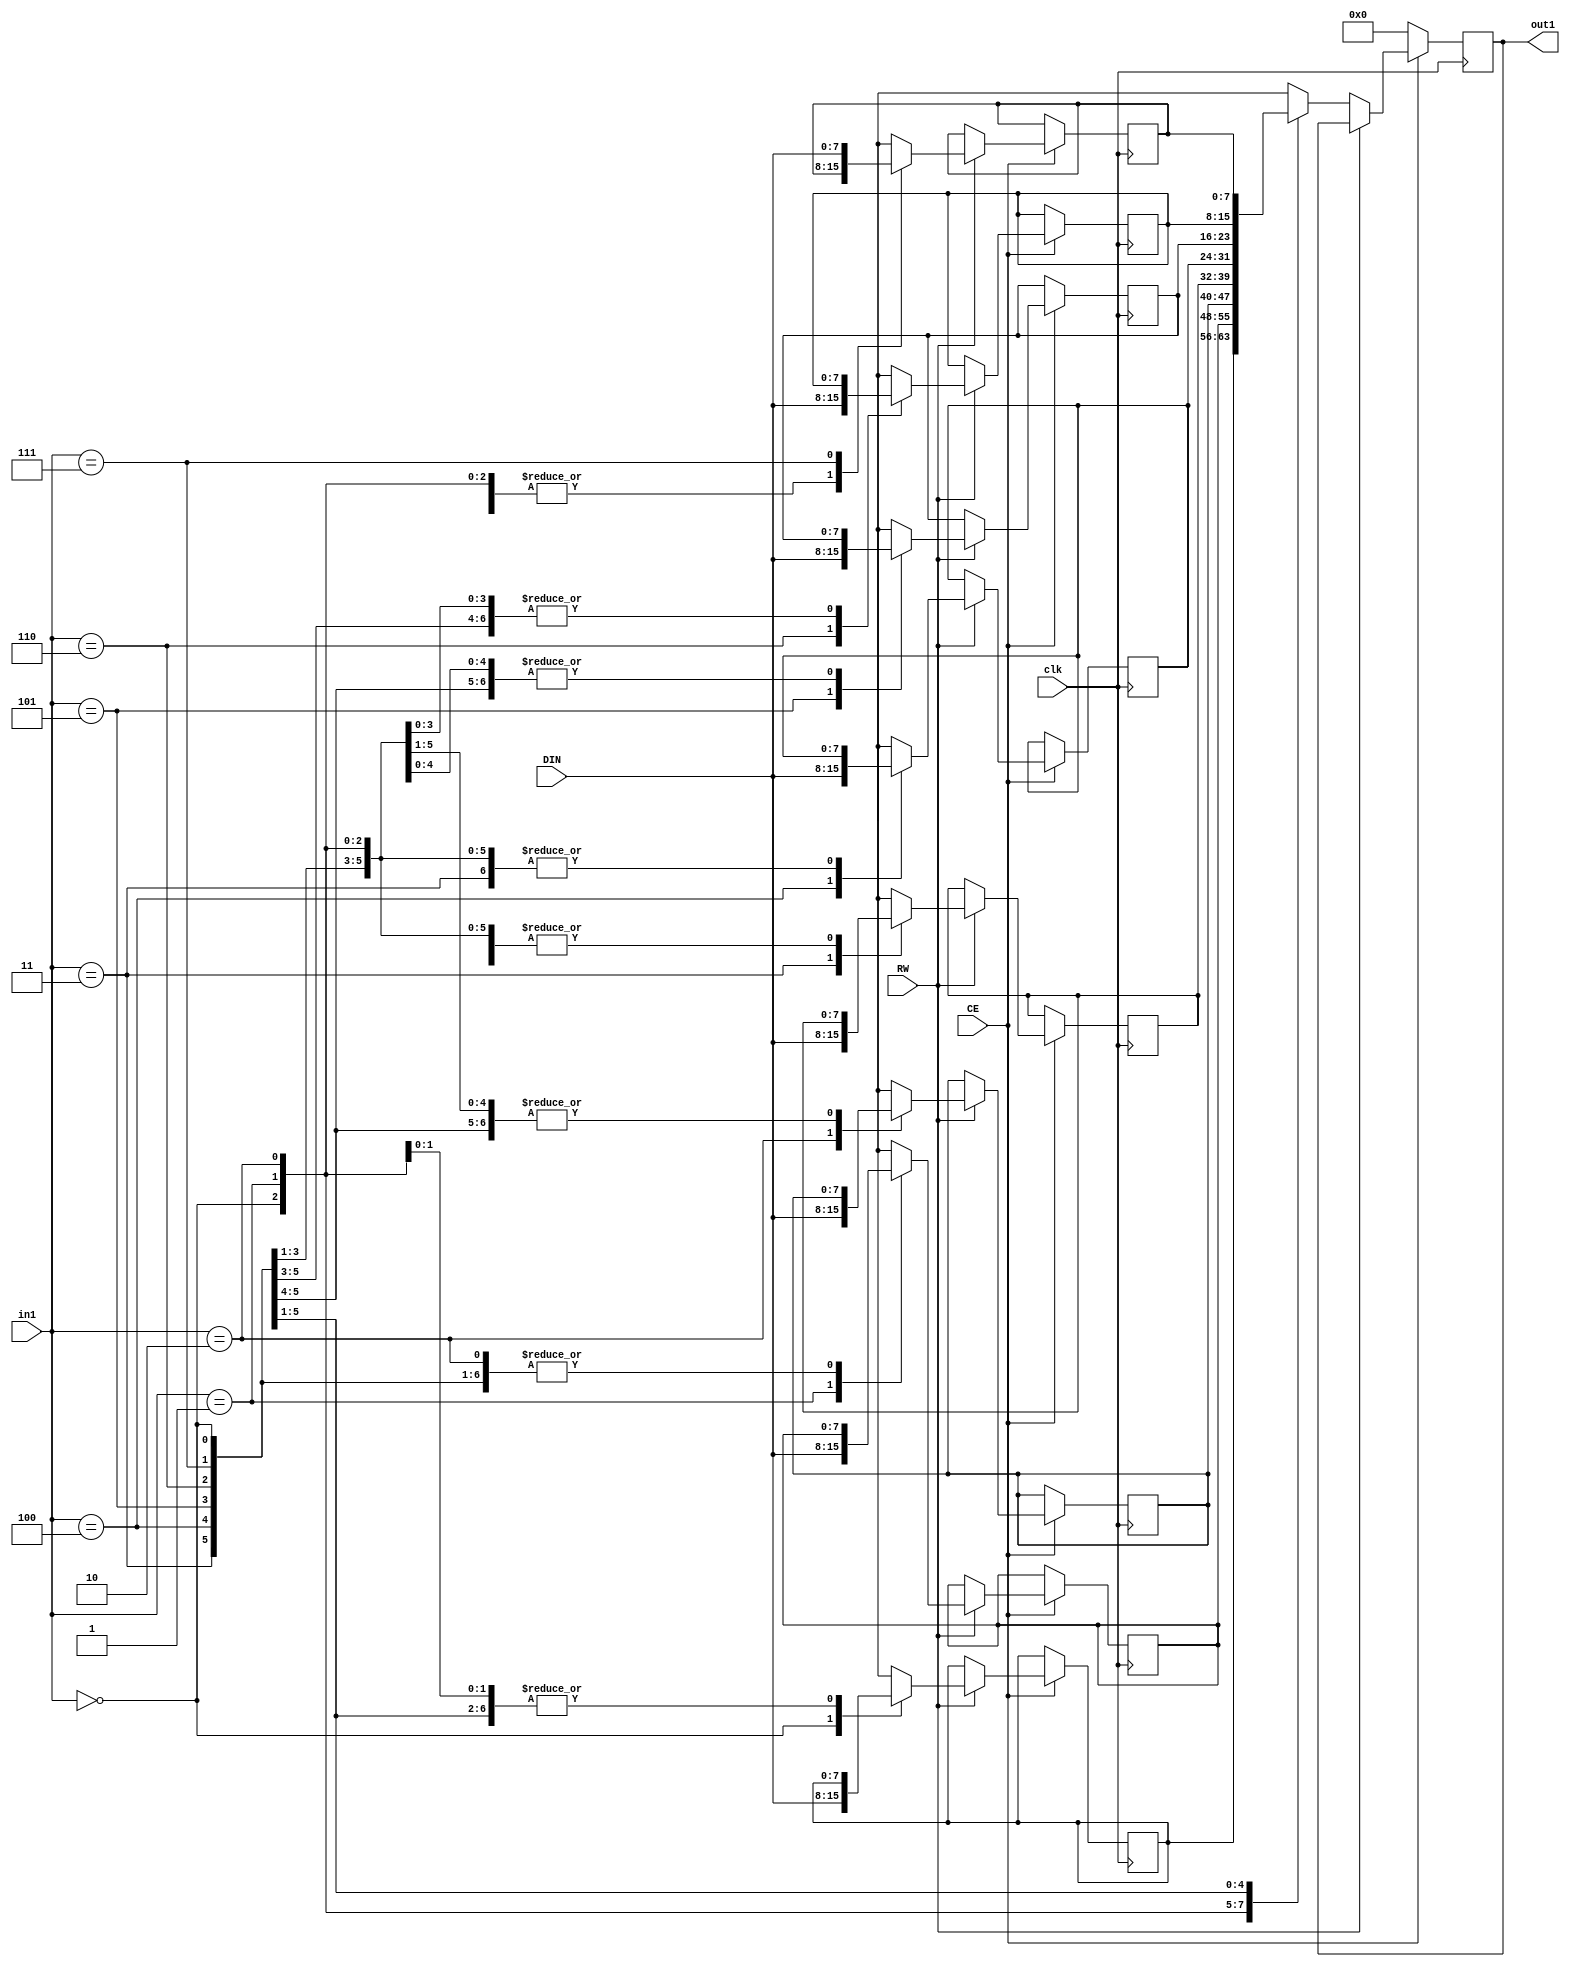
// Generated by stratus_hls 17.20-p100  (88533.190925)
// Tue Nov 17 22:53:07 2020
// from dut.cc

`timescale 1ps / 1ps

      
module dut_RAM_8X8_1(DIN, CE, RW, in1, out1, clk);

      input [7:0] DIN;
      input CE;
      input RW;
      input [2:0] in1;
      input clk;
      output [7:0] out1;
      reg [7:0] out1;
      reg[7:0] mem[7:0];

         always @(posedge clk)
          begin :dut_RAM_8X8_1_thread_1
            if (CE) begin
               if (RW) begin
                  mem[in1] = DIN;
               end
               else begin
                  out1 <= mem[in1];
               end
            end
            else begin
               out1 <= 8'd000;
            end
         end


endmodule